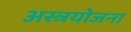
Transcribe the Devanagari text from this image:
अस्त्रयोजना